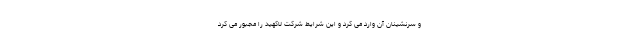
و سرنشینان آن وارد می کرد و این شرایط شرکت لاکهید را مجبور می کرد